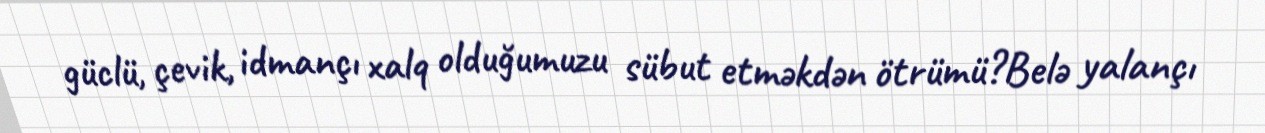
güclü, çevik, idmançı xalq olduğumuzu sübut etməkdən ötrümü?Belə yalançı